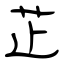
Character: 芷